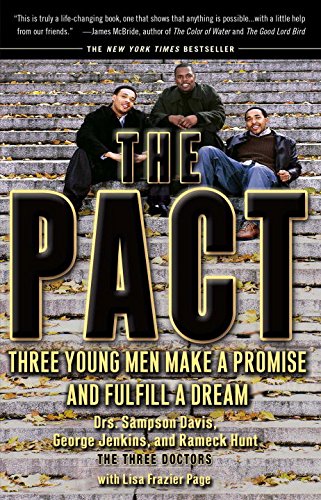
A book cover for The Pact: Three Young Men Make a Promise and Fulfill a Dream; Sampson Davis; Biographies & Memoirs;